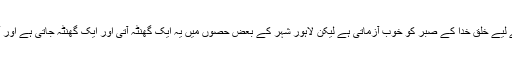
سنا ہے لاہور سے باہر تو بجلی آتی جاتی ہے تو چند گھنٹوں کے لیے خلق خدا کے صبر کو خوب آزماتی ہے لیکن لاہور شہر کے بعض حصوں میں یہ ایک گھنٹہ آتی اور ایک گھنٹہ جاتی ہے اور آنے جانے کے اس مسلسل چکر میں آپ کوئی کام نہیں کر پاتے۔